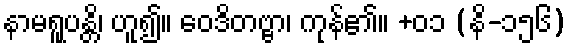
နာမရူပန္တိ၊ ဟူ၍။ ဝေဒိတဗ္ဗာ၊ ကုန်၏။ +၀၁ (နိ-၁၅၆)